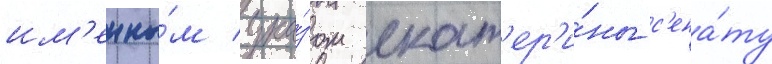
им'енны́м ука́зом екат'ер'и́ны с'ена́ту